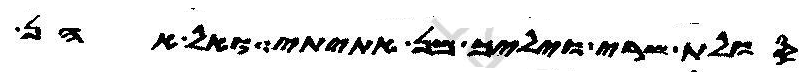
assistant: סולת שרי ויליך מן אתיתי ואל אהן